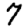
Digit: 7